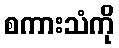
စကားသံကို